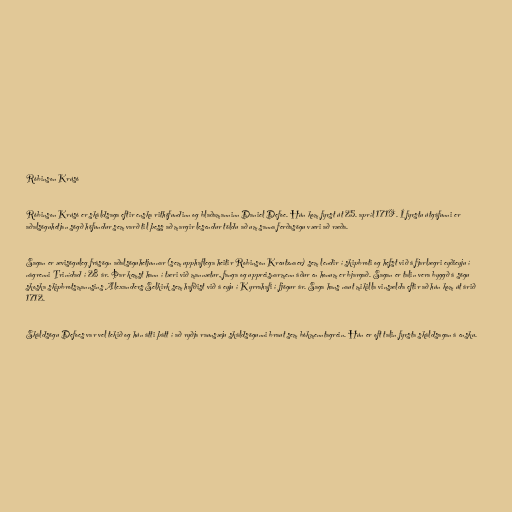
Róbinson Krúsó

Róbinson Krúsó er skáldsaga eftir enska rithöfundinn og blaðamanninn Daniel Defoe. Hún kom fyrst út 25. apríl 1719. Í fyrstu útgáfunni er
aðalsöguhetjan sögð höfundur sem varð til þess að margir lesendur töldu að um sanna ferðasögu væri að ræða.

Sagan er ævisöguleg frásögn aðalsöguhetjunnar (sem upphaflega heitir Robinson Kreutznaer) sem lendir í skipbroti og hefst við á fjarlægri eyðieyju í
nágrenni Trinídad í 28 ár. Þar kemst hann í tæri við mannætur, fanga og uppreisnarmenn áður en honum er bjargað. Sagan er talin vera byggð á sögu
skoska skipbrotsmannsins Alexanders Selkirk sem hafðist við á eyju í Kyrrahafi í fjögur ár. Saga hans naut mikilla vinsælda eftir að hún kom út árið
1712.

Skáldsögu Defoes var vel tekið og hún átti þátt í að ryðja raunsæju skáldsögunni braut sem bókmenntagrein. Hún er oft talin fyrsta skáldsagan á ensku.